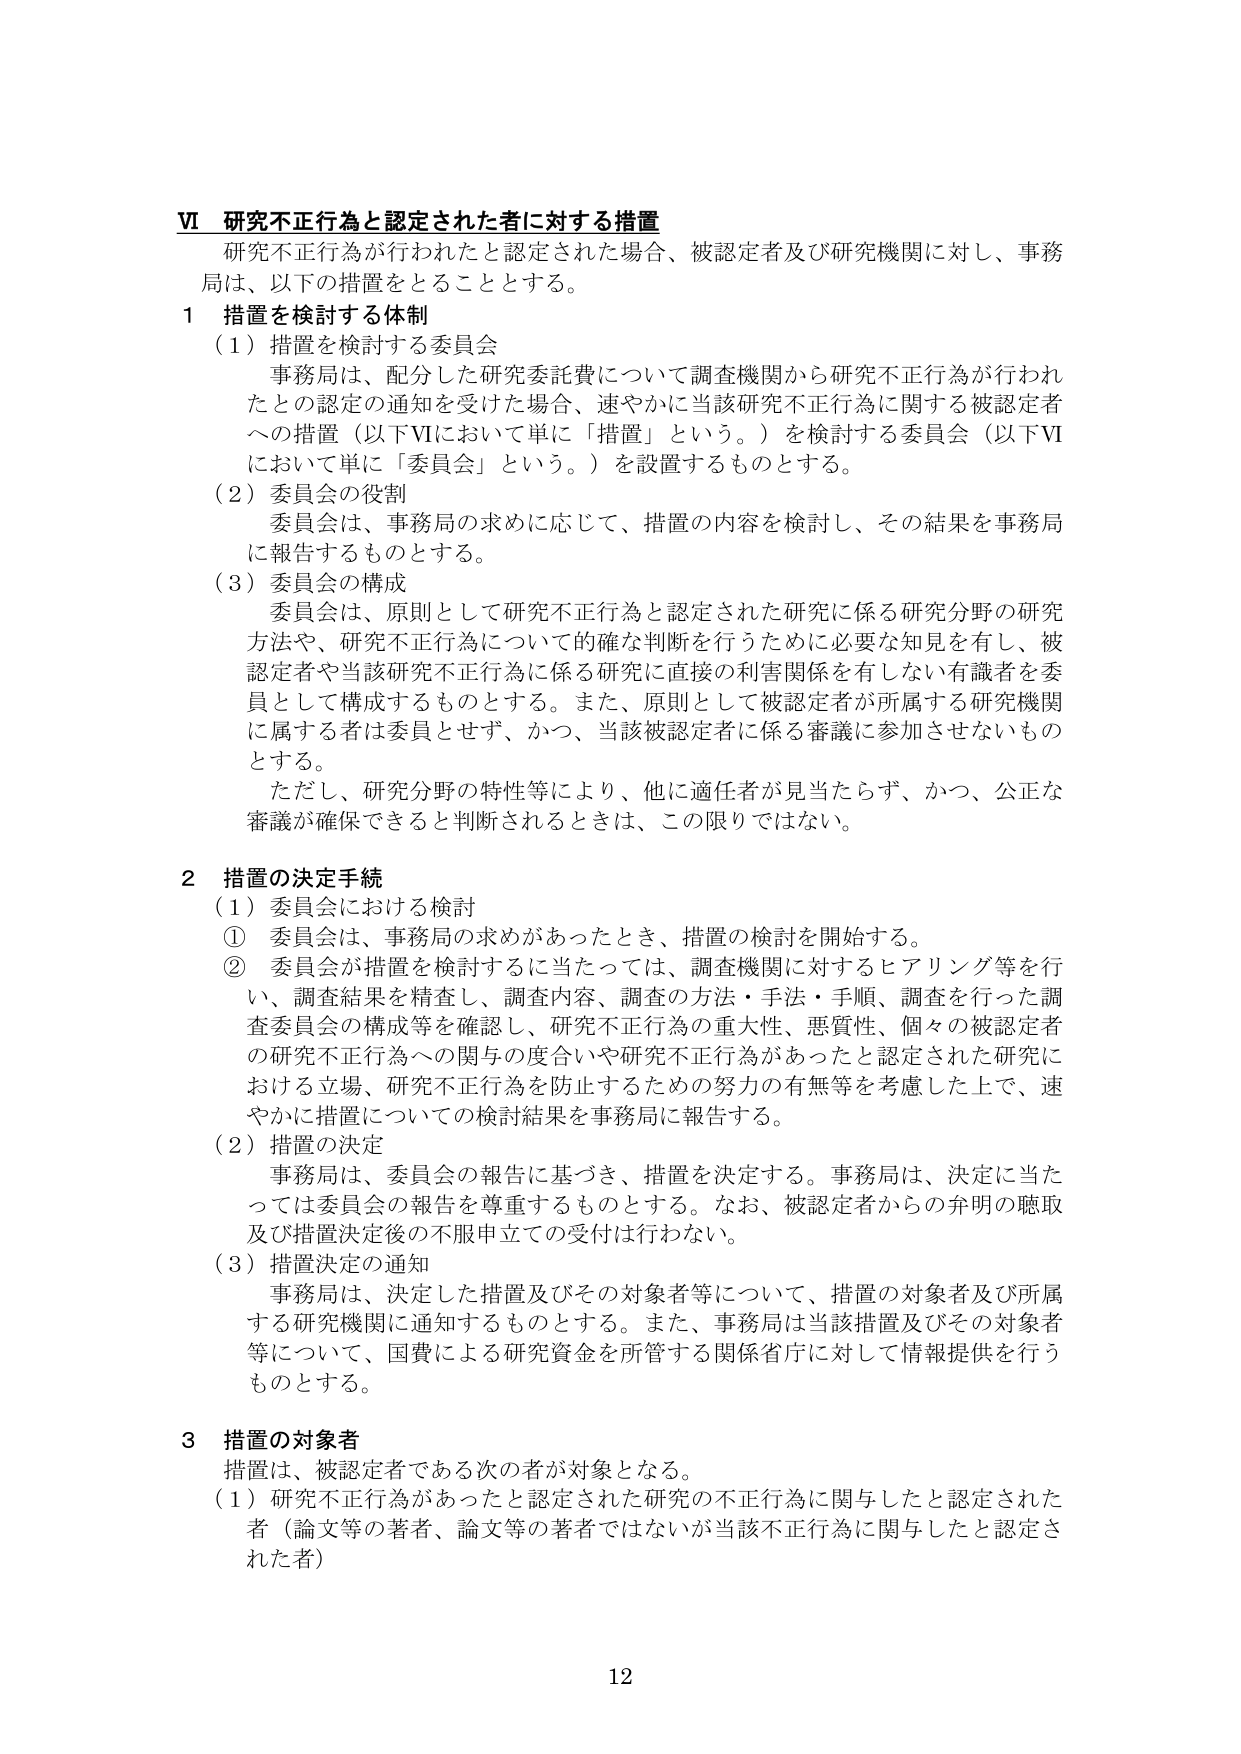
Ⅵ 研究不正行為と認定された者に対する措置
研究不正行為が行われたと認定された場合、被認定者及び研究機関に対し、事務局は、以下の措置をとることとする。

1 措置を検討する体制
（1）措置を検討する委員会
事務局は、配分した研究委託費について調査機関から研究不正行為が行われたとの認定の通知を受けた場合、速やかに当該研究不正行為に関する被認定者への措置（以下Ⅵにおいて単に「措置」という。）を検討する委員会（以下Ⅵにおいて単に「委員会」という。）を設置するものとする。

（2）委員会の役割
委員会は、事務局の求めに応じて、措置の内容を検討し、その結果を事務局に報告するものとする。

（3）委員会の構成
委員会は、原則として研究不正行為と認定された研究に係る研究分野の研究方法や、研究不正行為について的確な判断を行うために必要な知見を有し、被認定者や当該研究不正行為に係る研究に直接の利害関係を有しない有識者を委員として構成するものとする。また、原則として被認定者が所属する研究機関に属する者は委員とせず、かつ、当該被認定者に係る審議に参加させないものとする。
ただし、研究分野の特性等により、他に適任者が見当たらず、かつ、公正な審議が確保できると判断されるときは、この限りではない。

2 措置の決定手続
（1）委員会における検討
① 委員会は、事務局の求めがあったとき、措置の検討を開始する。
② 委員会が措置を検討するに当たっては、調査機関に対するヒアリング等を行い、調査結果を精査し、調査内容、調査の方法・手法・手順、調査を行った調査委員会の構成等を確認し、研究不正行為の重大性、悪質性、個々の被認定者の研究不正行為への関与の度合いや研究不正行為があったと認定された研究における立場、研究不正行為を防止するための努力の有無等を考慮した上で、速やかに措置についての検討結果を事務局に報告する。

（2）措置の決定
事務局は、委員会の報告に基づき、措置を決定する。事務局は、決定に当たっては委員会の報告を尊重するものとする。なお、被認定者からの弁明の聴取及び措置決定後の不服申立ての受付は行わない。

（3）措置決定の通知
事務局は、決定した措置及びその対象者等について、措置の対象者及び所属する研究機関に通知するものとする。また、事務局は当該措置及びその対象者等について、国費による研究資金を所管する関係省庁に対して情報提供を行うものとする。

3 措置の対象者
措置は、被認定者である次の者が対象となる。
（1）研究不正行為があったと認定された研究の不正行為に関与したと認定された者（論文等の著者、論文等の著者ではないが当該不正行為に関与したと認定された者）

12